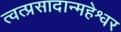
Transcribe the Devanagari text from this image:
त्वत्प्रसादान्महेश्वर